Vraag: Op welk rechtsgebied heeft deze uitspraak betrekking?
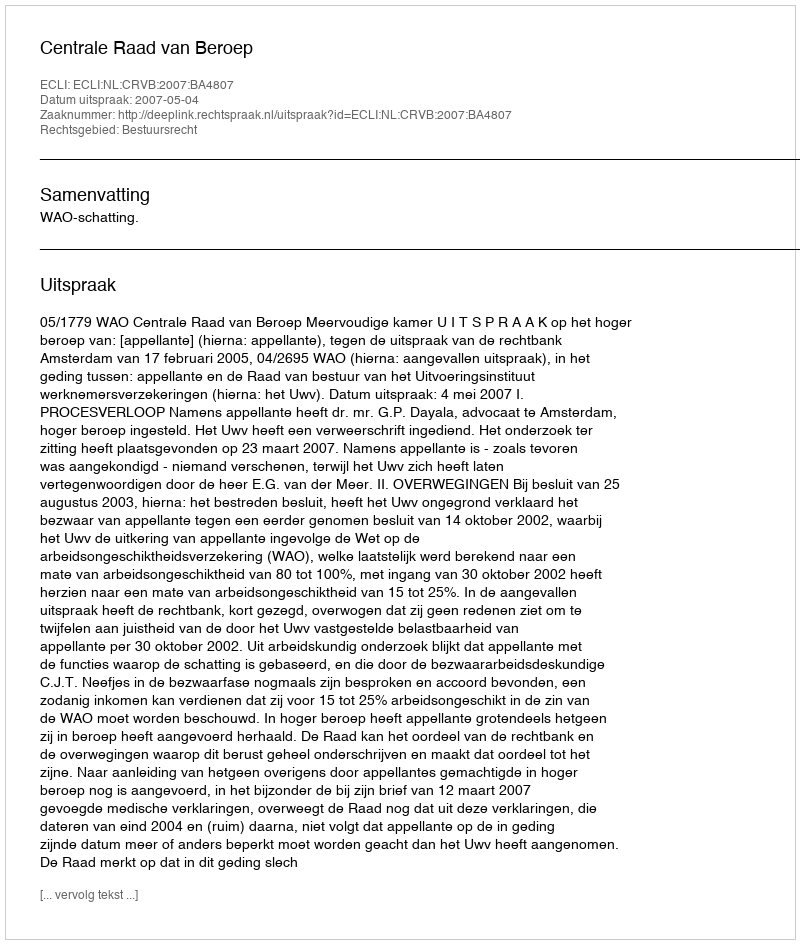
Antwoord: Bestuursrecht